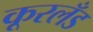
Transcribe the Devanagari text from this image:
कूरलँड